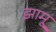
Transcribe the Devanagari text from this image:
झामू